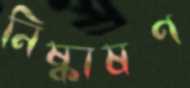
নিষ্কাষণ